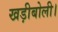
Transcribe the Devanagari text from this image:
खड़ीबोली।